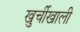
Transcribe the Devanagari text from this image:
खुर्चीखाली